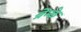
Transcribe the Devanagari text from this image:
ब्रेम्के